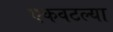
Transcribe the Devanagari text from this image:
एकवटल्या